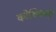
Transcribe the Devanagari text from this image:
कोशिकाऐ